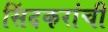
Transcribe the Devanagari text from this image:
सिंदकरांची